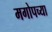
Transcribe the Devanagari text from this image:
मगोपच्या